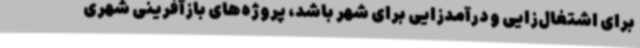
برای اشتغال‌زایی و درآمدزایی برای شهر باشد، پروژه‌های بازآفرینی شهری